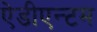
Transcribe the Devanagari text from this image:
ऐडीएन्टम